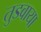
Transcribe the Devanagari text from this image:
तुडवाया